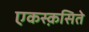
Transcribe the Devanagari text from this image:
एकस्क़सिते